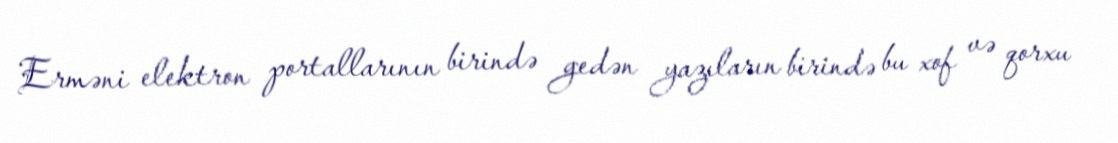
Erməni elektron portallarının birində gedən yazıların birində bu xof və qorxu